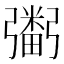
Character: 𢐮